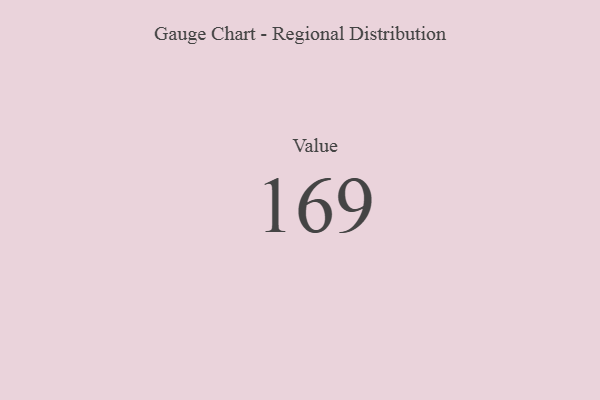
{"axis": {"x": "Metric", "y": "Value"}, "legend": [""], "data": [{"x": "Value", "y": 169, "type": ""}]}